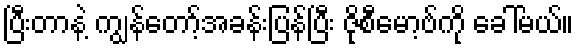
ပြီးတာနဲ့ ကျွန်တော့်အခန်းပြန်ပြီး ဇိုစီမော့ဗ်ကို ခေါ်မယ်။